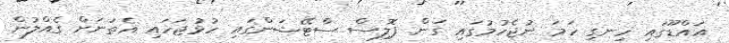
އައްޑޫގައި ހިނގި ހަމަ ނުޖެހުމުގައި ގަން ޕޮލިސް ސްޓޭޝަންގައި ހުޅުޖަހައި އެތަނަށް ގެއްްލުން